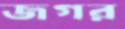
জগর